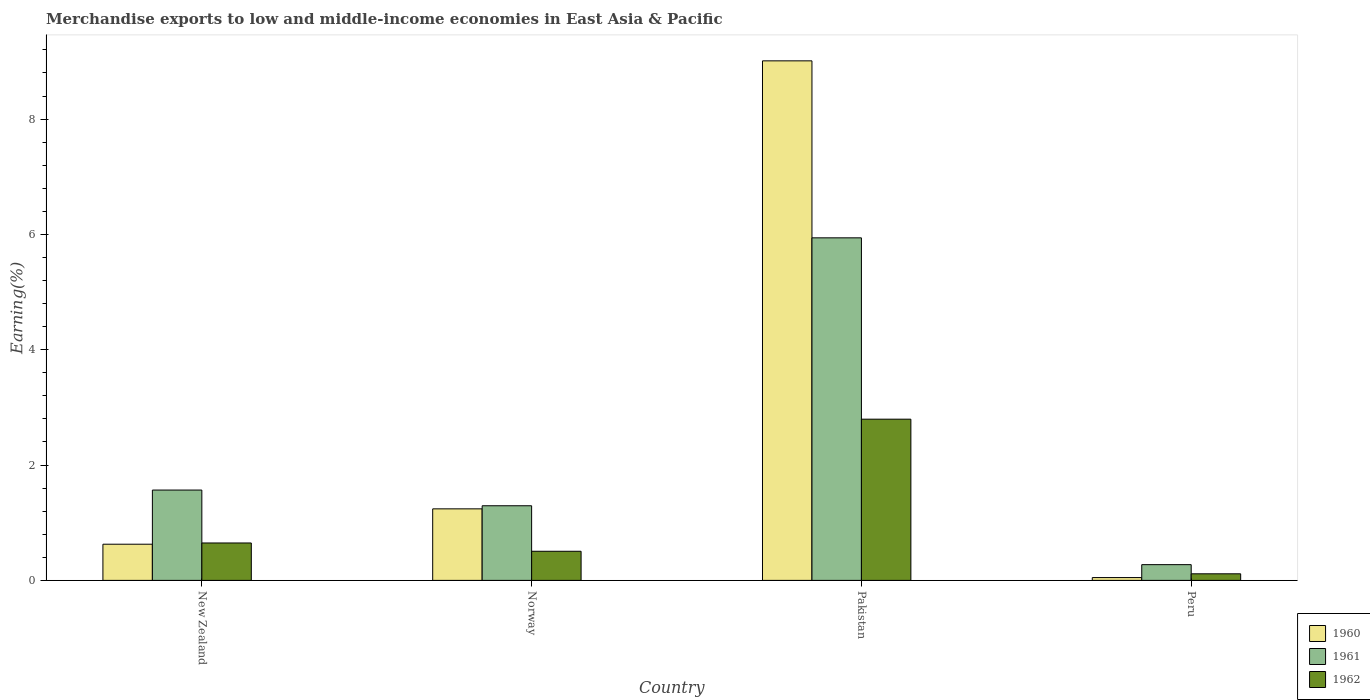
| Country | 1960 | 1961 | 1962 |
 | --- | --- | --- | --- |
 | New Zealand | 0.627 | 1.57 | 0.649 |
 | Norway | 1.24 | 1.29 | 0.505 |
 | Pakistan | 9.01 | 5.94 | 2.8 |
 | Peru | 0.0489 | 0.273 | 0.114 |